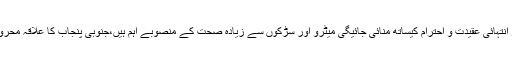
ڈی سی اوبہاولپور ملک بھر کی طرح لاڑکانہ میں بھی عیدالفطر انتہائی عقیدت و احترام کیساتھ منائی جائیگی میٹرو اور سڑکوں سے زیادہ صحت کے منصوبے اہم ہیں،جنوبی پنجاب کا علاقہ محرومیت کی تصویر ہے،یہاں لاشیں سستی اورغریب لوگوں کی ہیں۔